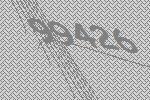
99426